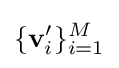
\{\mathbf {v} _{i}'\}_{i=1}^{M}